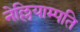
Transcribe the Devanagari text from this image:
नेल्लियाम्पति